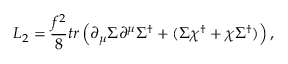
{ \cal L } _ { 2 } = { \frac { f ^ { 2 } } { 8 } } t r \left( \partial _ { \mu } \Sigma \partial ^ { \mu } \Sigma ^ { \dagger } + ( \Sigma \chi ^ { \dagger } + \chi \Sigma ^ { \dagger } ) \right) ,